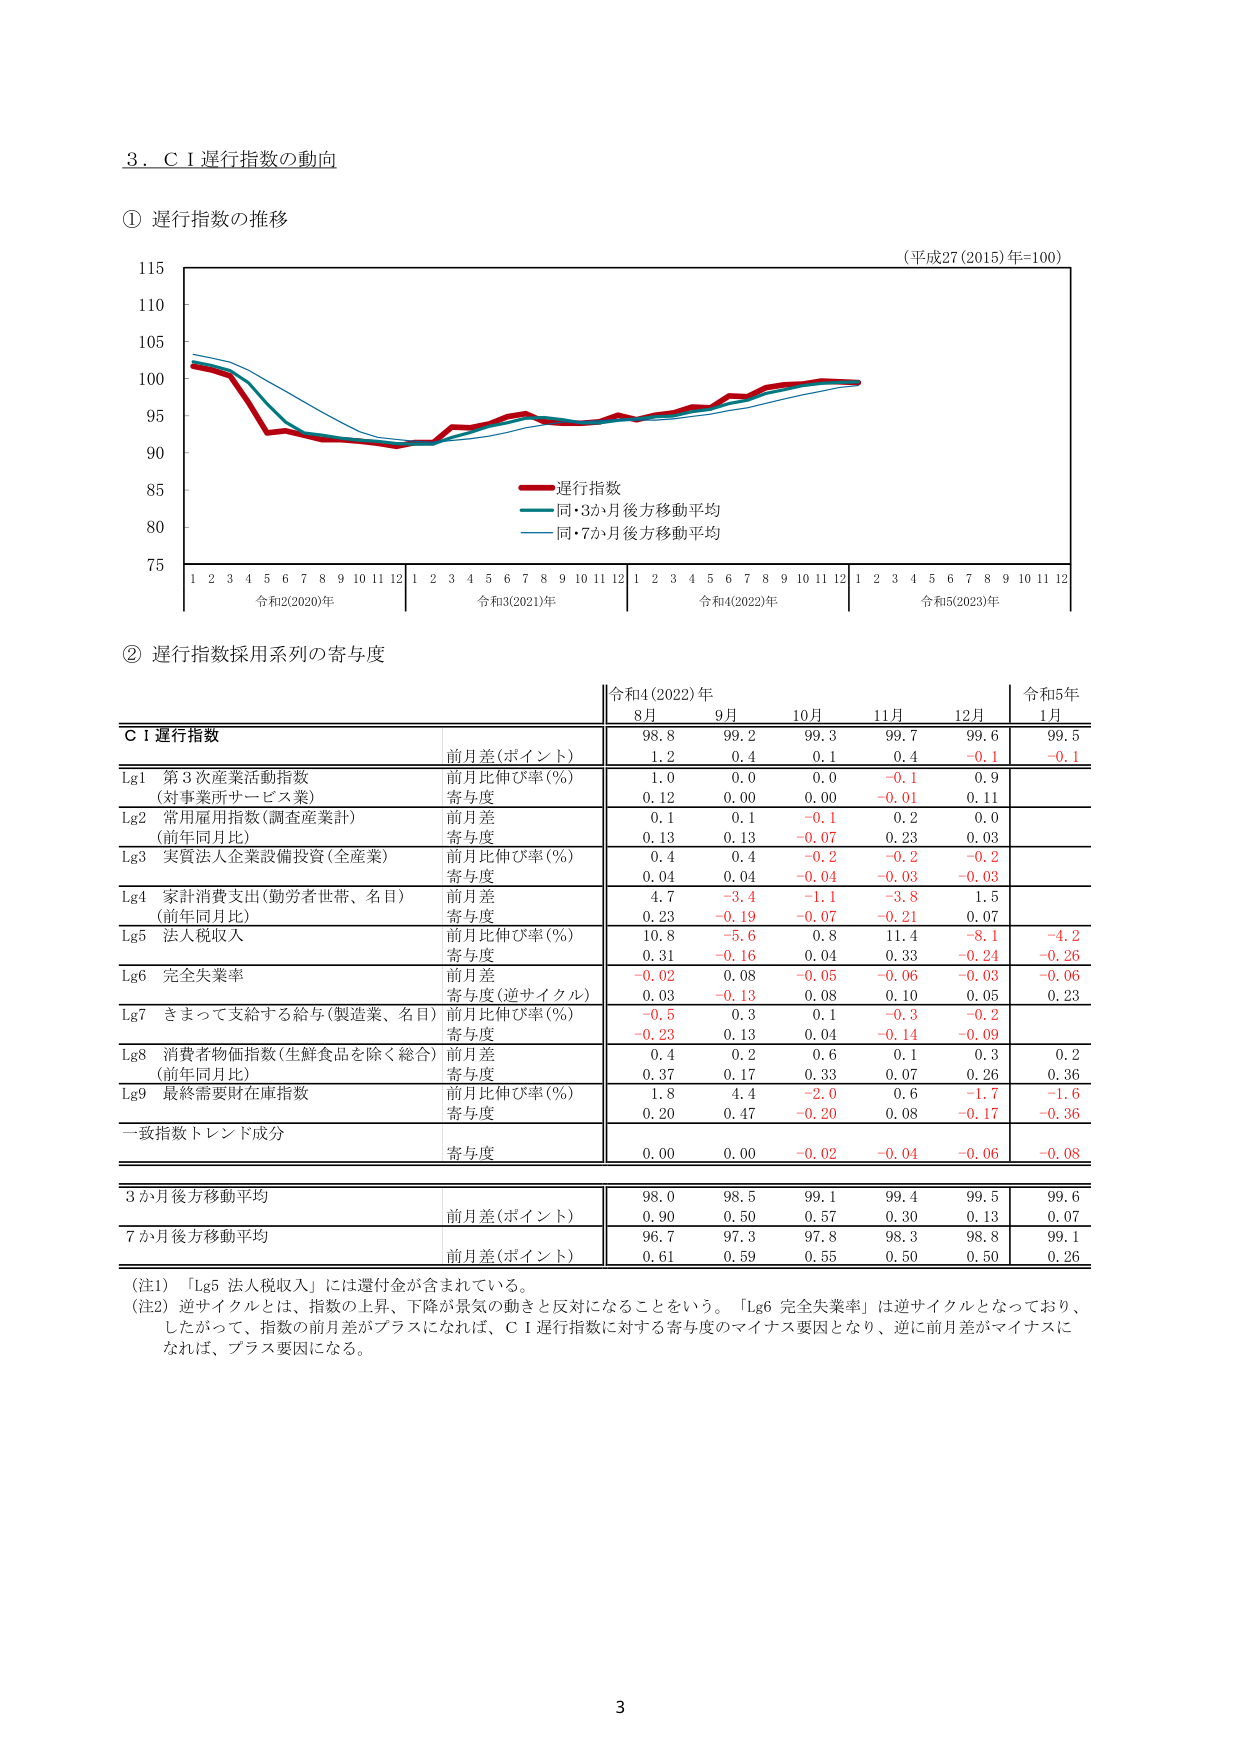
3．ＣＩ遅行指数の動向

① 遅行指数の推移

（平成27(2015)年=100）

115
110
105
100
95
90
85
80
75

1 2 3 4 5 6 7 8 9 10 11 12 1 2 3 4 5 6 7 8 9 10 11 12 1 2 3 4 5 6 7 8 9 10 11 12 1 2 3 4 5 6 7 8 9 10 11 12
令和2(2020)年 令和3(2021)年 令和4(2022)年 令和5(2023)年

――――遅行指数
――――同・3か月後方移動平均
――――同・7か月後方移動平均

② 遅行指数採用系列の寄与度

令和4(2022)年 令和5年
8月 9月 10月 11月 12月 1月

ＣＩ遅行指数
前月差(ポイント) 98.8 99.2 99.3 99.7 99.6 99.5
1.2 0.4 0.1 0.4 -0.1 -0.1

Lg1 第3次産業活動指数
(対事業所サービス業) 前月比伸び率(％) 1.0 0.0 0.0 -0.1 0.9
寄与度 0.12 0.00 0.00 -0.01 0.11

Lg2 常用雇用指数(調査産業計)
(前年同月比) 前月差 0.1 0.1 -0.1 0.2 0.0
寄与度 0.13 0.13 -0.07 0.23 0.03

Lg3 実質法人企業設備投資(全産業)
前月比伸び率(％) 0.4 0.4 -0.2 -0.2 -0.2
寄与度 0.04 0.04 -0.04 -0.03 -0.03

Lg4 家計消費支出(勤労者世帯、名目)
(前年同月比) 前月差 4.7 -3.4 -1.1 -3.8 1.5
寄与度 0.23 -0.19 -0.07 -0.21 0.07

Lg5 法人税収入
前月比伸び率(％) 10.8 -5.6 0.8 11.4 -8.1 -4.2
寄与度 0.31 -0.16 0.04 0.33 -0.24 -0.26

Lg6 完全失業率
前月差 -0.02 0.08 -0.05 -0.06 -0.03 -0.06
寄与度(逆サイクル) 0.03 -0.13 0.08 0.10 0.05 0.23

Lg7 きまって支給する給与(製造業、名目)
前月比伸び率(％) -0.5 0.3 0.1 -0.3 -0.2
寄与度 -0.23 0.13 0.04 -0.14 -0.09

Lg8 消費者物価指数(生鮮食品を除く総合)
(前年同月比) 前月差 0.4 0.2 0.6 0.1 0.3 0.2
寄与度 0.37 0.17 0.33 0.07 0.26 0.36

Lg9 最終需要財在庫指数
前月比伸び率(％) 1.8 4.4 -2.0 0.6 -1.7 -1.6
寄与度 0.20 0.47 -0.20 0.08 -0.17 -0.36

一致指数トレンド成分
寄与度 0.00 0.00 -0.02 -0.04 -0.06 -0.08

3か月後方移動平均
前月差(ポイント) 98.0 98.5 99.1 99.4 99.5 99.6
0.90 0.50 0.57 0.30 0.13 0.07

7か月後方移動平均
前月差(ポイント) 96.7 97.3 97.8 98.3 98.8 99.1
0.61 0.59 0.55 0.50 0.50 0.26

（注1）「Lg5 法人税収入」には還付金が含まれている。
（注2）逆サイクルとは、指数の上昇、下降が景気の動きと反対になることをいう。「Lg6 完全失業率」は逆サイクルとなっており、
したがって、指数の前月差がプラスになれば、ＣＩ遅行指数に対する寄与度のマイナス要因となり、逆に前月差がマイナスに
なれば、プラス要因になる。

3